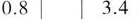
0.8 3.4